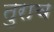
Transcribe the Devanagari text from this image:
तुराच